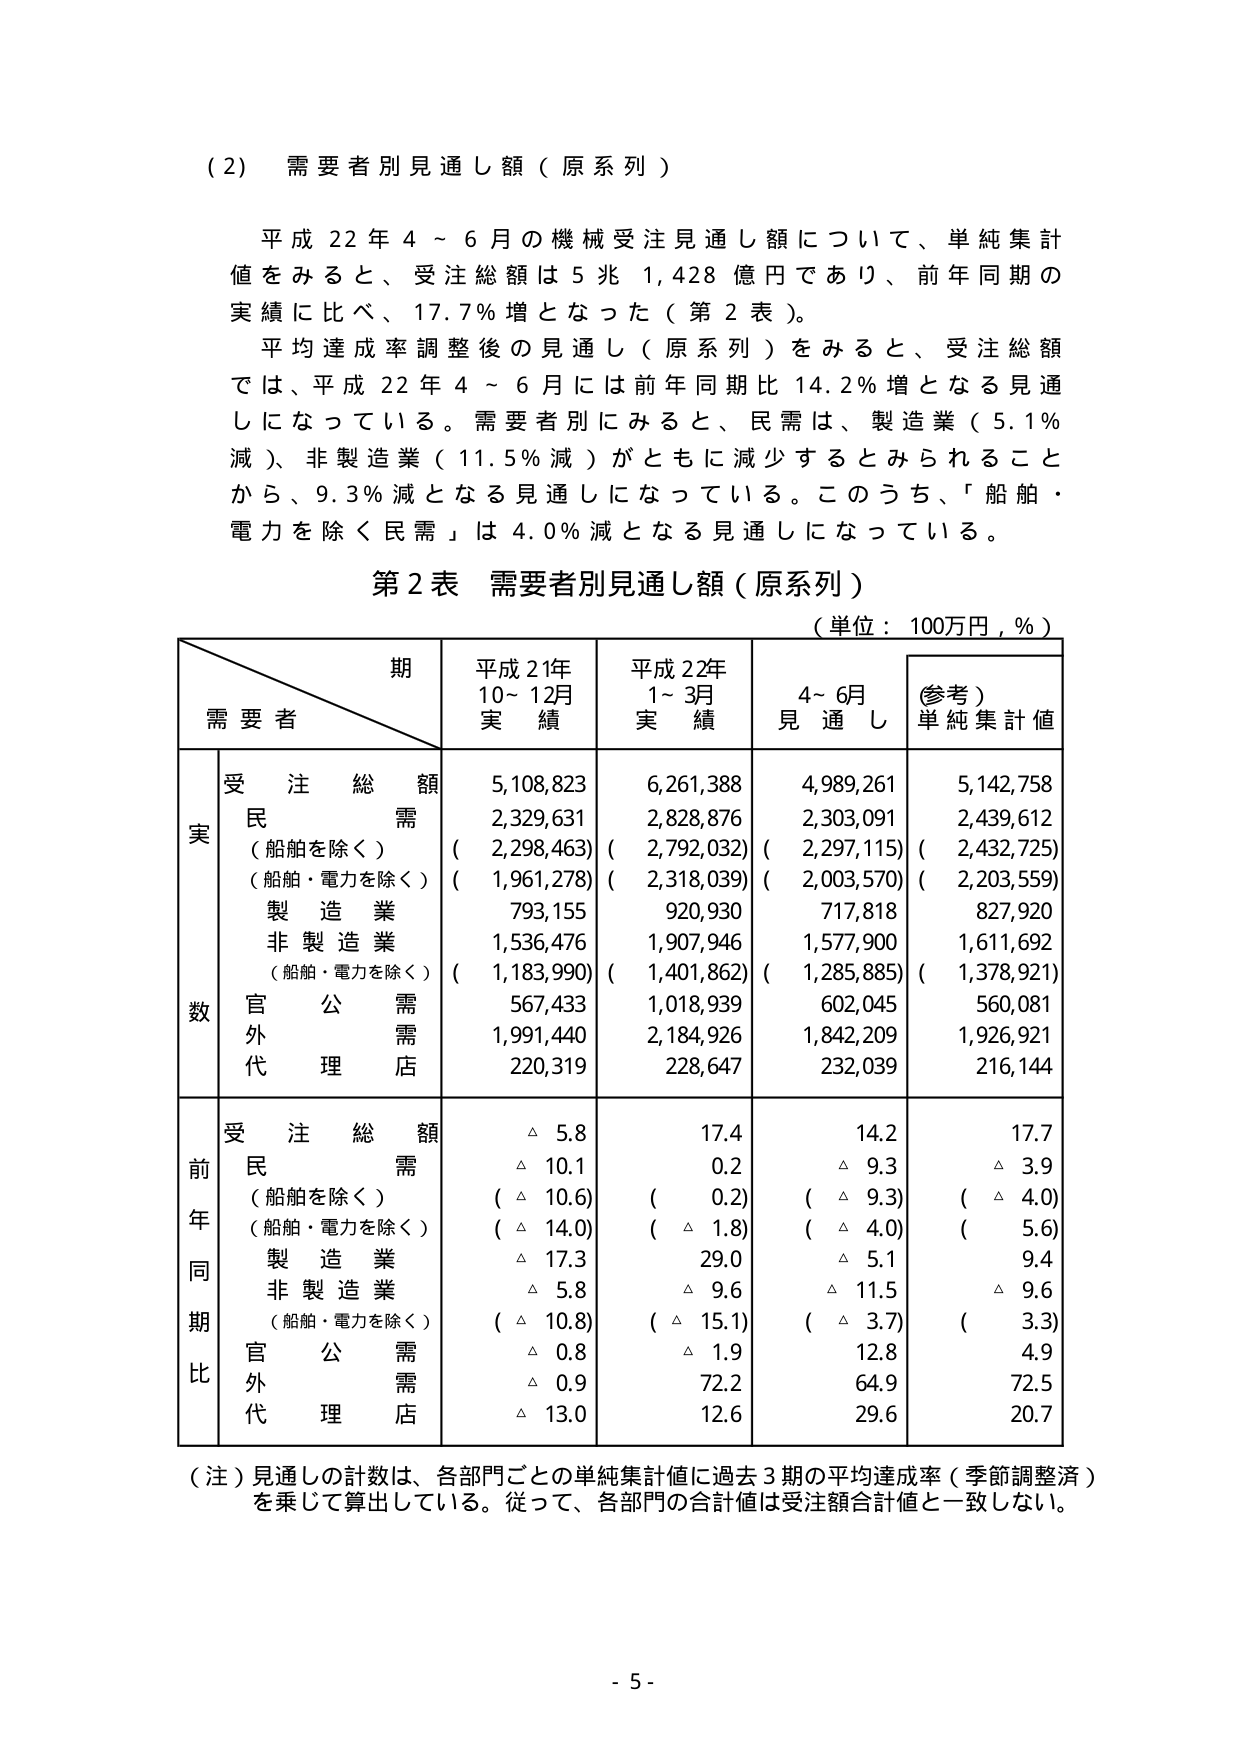
(2) 需要者別見通し額（原系列）

平成22年4～6月の機械受注見通し額について、単純集計値をみると、受注総額は5兆1,428億円であり、前年同期の実績に比べ、17.7％増となった（第2表）。

平均達成率調整後の見通し（原系列）をみると、受注総額では、平成22年4～6月には前年同期比14.2％増となる見通しになっている。需要者別にみると、民需は、製造業（5.1％減）、非製造業（11.5％減）がともに減少するとみられることから、9.3％減となる見通しになっている。このうち、「船舶・電力を除く民需」は4.0％減となる見通しになっている。

第2表 需要者別見通し額（原系列）
（単位：100万円，％）

期
需要者
平成21年
10～12月
実績
平成22年
1～3月
実績
4～6月
見通し
（参考）
単純集計値

実数
受注総額
5,108,823
6,261,388
4,989,261
5,142,758
民需
2,329,631
2,828,876
2,303,091
2,439,612
（船舶を除く）
（2,298,463）
（2,792,032）
（2,297,115）
（2,432,725）
（船舶・電力を除く）
（1,961,278）
（2,318,039）
（2,003,570）
（2,203,559）
製造業
793,155
920,930
717,818
827,920
非製造業
1,536,476
1,907,946
1,577,900
1,611,692
（船舶・電力を除く）
（1,183,990）
（1,401,862）
（1,285,885）
（1,378,921）
官公需
567,433
1,018,939
602,045
560,081
外需
1,991,440
2,184,926
1,842,209
1,926,921
代理店
220,319
228,647
232,039
216,144

前年同期比
受注総額
△5.8
17.4
14.2
17.7
民需
△10.1
0.2
△9.3
△3.9
（船舶を除く）
（△10.6）
（0.2）
（△9.3）
（△4.0）
（船舶・電力を除く）
（△14.0）
（△1.8）
（△4.0）
（5.6）
製造業
△17.3
29.0
△5.1
9.4
非製造業
△5.8
△9.6
△11.5
△9.6
（船舶・電力を除く）
（△10.8）
（△15.1）
（△3.7）
（3.3）
官公需
△0.8
△1.9
12.8
4.9
外需
△0.9
72.2
64.9
72.5
代理店
△13.0
12.6
29.6
20.7

（注）見通しの計数は、各部門ごとの単純集計値に過去3期の平均達成率（季節調整済）を乗じて算出している。従って、各部門の合計値は受注額合計値と一致しない。

- 5 -